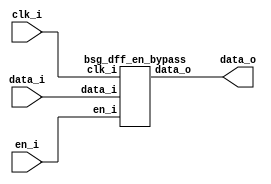
// This program was cloned from: https://github.com/chipsalliance/UHDM-integration-tests
// License: Apache License 2.0



module top
(
  clk_i,
  en_i,
  data_i,
  data_o
);

  input [15:0] data_i;
  output [15:0] data_o;
  input clk_i;
  input en_i;

  bsg_dff_en_bypass
  wrapper
  (
    .data_i(data_i),
    .data_o(data_o),
    .clk_i(clk_i),
    .en_i(en_i)
  );


endmodule



module bsg_dff_en_width_p16_harden_p0_strength_p0
(
  clk_i,
  data_i,
  en_i,
  data_o
);

  input [15:0] data_i;
  output [15:0] data_o;
  input clk_i;
  input en_i;
  wire [15:0] data_o;
  reg data_o_15_sv2v_reg,data_o_14_sv2v_reg,data_o_13_sv2v_reg,data_o_12_sv2v_reg,
  data_o_11_sv2v_reg,data_o_10_sv2v_reg,data_o_9_sv2v_reg,data_o_8_sv2v_reg,
  data_o_7_sv2v_reg,data_o_6_sv2v_reg,data_o_5_sv2v_reg,data_o_4_sv2v_reg,data_o_3_sv2v_reg,
  data_o_2_sv2v_reg,data_o_1_sv2v_reg,data_o_0_sv2v_reg;
  assign data_o[15] = data_o_15_sv2v_reg;
  assign data_o[14] = data_o_14_sv2v_reg;
  assign data_o[13] = data_o_13_sv2v_reg;
  assign data_o[12] = data_o_12_sv2v_reg;
  assign data_o[11] = data_o_11_sv2v_reg;
  assign data_o[10] = data_o_10_sv2v_reg;
  assign data_o[9] = data_o_9_sv2v_reg;
  assign data_o[8] = data_o_8_sv2v_reg;
  assign data_o[7] = data_o_7_sv2v_reg;
  assign data_o[6] = data_o_6_sv2v_reg;
  assign data_o[5] = data_o_5_sv2v_reg;
  assign data_o[4] = data_o_4_sv2v_reg;
  assign data_o[3] = data_o_3_sv2v_reg;
  assign data_o[2] = data_o_2_sv2v_reg;
  assign data_o[1] = data_o_1_sv2v_reg;
  assign data_o[0] = data_o_0_sv2v_reg;

  always @(posedge clk_i) begin
    if(en_i) begin
      data_o_15_sv2v_reg <= data_i[15];
      data_o_14_sv2v_reg <= data_i[14];
      data_o_13_sv2v_reg <= data_i[13];
      data_o_12_sv2v_reg <= data_i[12];
      data_o_11_sv2v_reg <= data_i[11];
      data_o_10_sv2v_reg <= data_i[10];
      data_o_9_sv2v_reg <= data_i[9];
      data_o_8_sv2v_reg <= data_i[8];
      data_o_7_sv2v_reg <= data_i[7];
      data_o_6_sv2v_reg <= data_i[6];
      data_o_5_sv2v_reg <= data_i[5];
      data_o_4_sv2v_reg <= data_i[4];
      data_o_3_sv2v_reg <= data_i[3];
      data_o_2_sv2v_reg <= data_i[2];
      data_o_1_sv2v_reg <= data_i[1];
      data_o_0_sv2v_reg <= data_i[0];
    end 
  end


endmodule



module bsg_dff_en_bypass
(
  clk_i,
  en_i,
  data_i,
  data_o
);

  input [15:0] data_i;
  output [15:0] data_o;
  input clk_i;
  input en_i;
  wire [15:0] data_o,data_r;
  wire N0,N1,N2,N3;

  bsg_dff_en_width_p16_harden_p0_strength_p0
  dff
  (
    .clk_i(clk_i),
    .data_i(data_i),
    .en_i(en_i),
    .data_o(data_r)
  );

  assign data_o = (N0)? data_i : 
                  (N1)? data_r : 1'b0;
  assign N0 = N3;
  assign N1 = N2;
  assign N2 = ~en_i;
  assign N3 = en_i;

endmodule